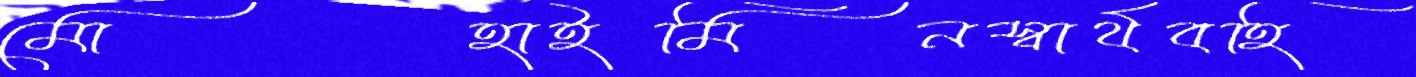
মোহাইমিনস্বার্থবহি